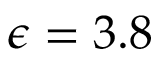
\epsilon = 3 . 8